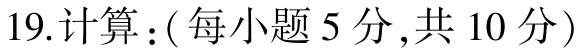
19.计算：(每小题5分,共10分)